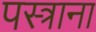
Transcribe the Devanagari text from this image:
पस्त्राना